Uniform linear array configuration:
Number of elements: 64
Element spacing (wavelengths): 0.75
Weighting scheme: uniform
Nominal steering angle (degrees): -30
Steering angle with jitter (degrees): -28.611
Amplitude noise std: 0.05
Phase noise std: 0.05

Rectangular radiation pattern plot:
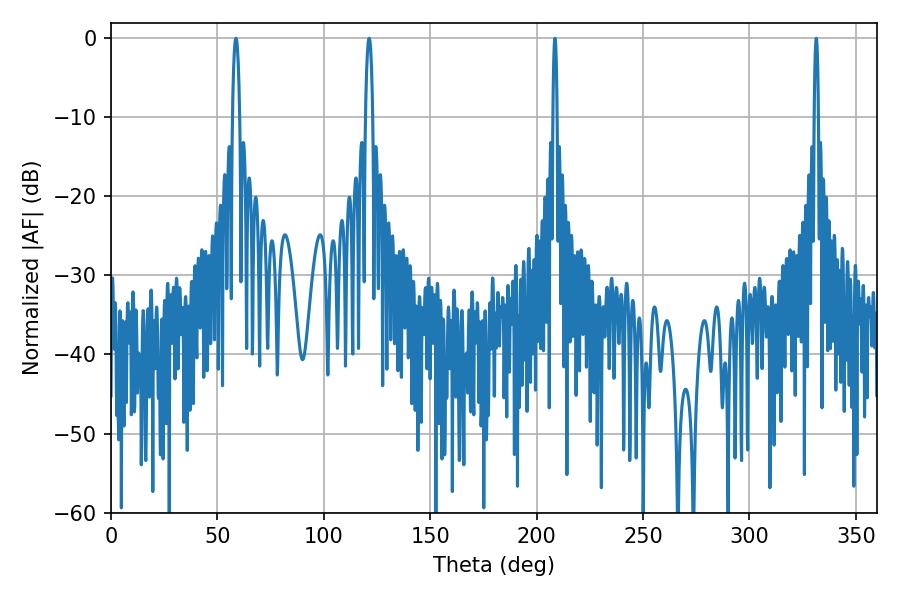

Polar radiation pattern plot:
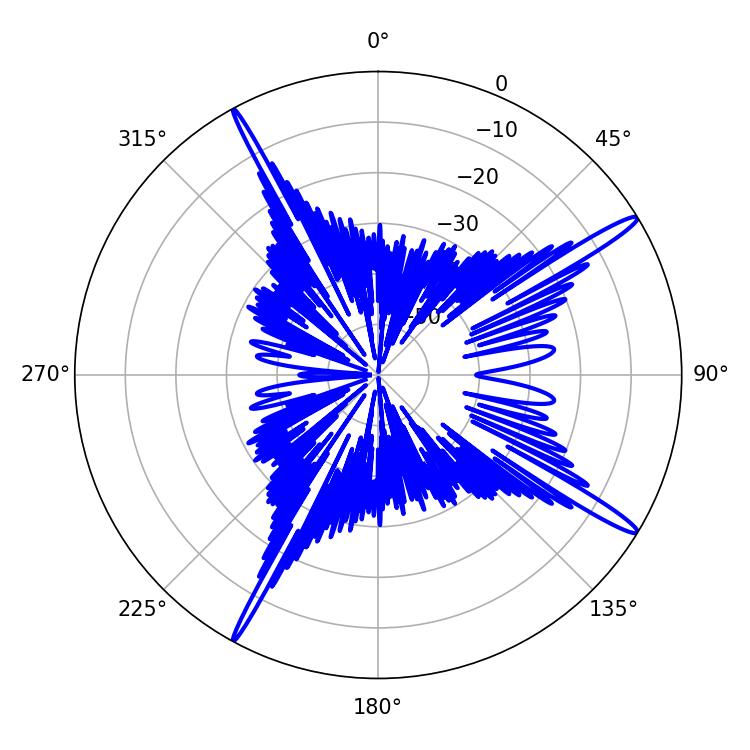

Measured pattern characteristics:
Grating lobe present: TRUE
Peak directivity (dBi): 16.391
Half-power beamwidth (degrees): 1.08
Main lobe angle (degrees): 208.62